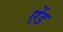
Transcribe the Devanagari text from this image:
एेंड